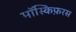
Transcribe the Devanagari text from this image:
मॉस्किफ़रस